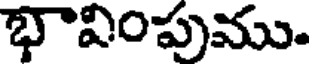
భావింపుము.